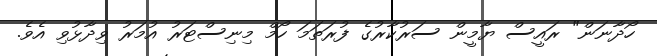
ހޯދާނަން" ރައީސް ޔާމީން ސަރުކާރުގެ ފުރަތަމަ ހޯމް މިނިސްޓަރު އުމަރު ވިދާޅުވި އެވެ.